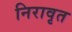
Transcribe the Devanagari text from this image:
निरावृत